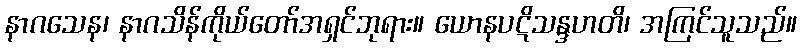
နာဂသေန၊ နာဂသိန်ကိုယ်တော်အရှင်ဘုရား။ ယောနပဋိသန္ဒဟတိ၊ အကြင်သူသည်။